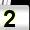
Digit: 2